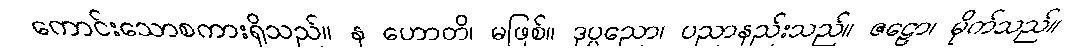
ကောင်းသောစကားရှိသည်။ န ဟောတိ၊ မဖြစ်။ ဒုပ္ပညော၊ ပညာနည်းသည်။ ဇဠော၊ မိုက်သည်။